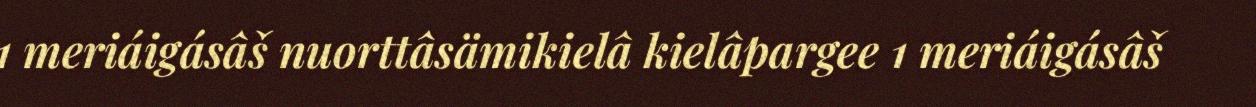
1 meriáigásâš nuorttâsämikielâ kielâpargee 1 meriáigásâš